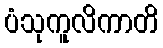
ပံသုကူလိကာတိ